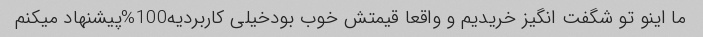
ما اینو تو شگفت انگیز خریدیم و واقعا قیمتش خوب بودخیلی کاربردیه100%پیشنهاد میکنم